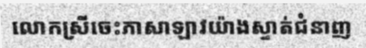
លោកស្រីចេះភាសាឡាវយ៉ាងស្ទាត់ជំនាញ